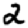
Digit: 2